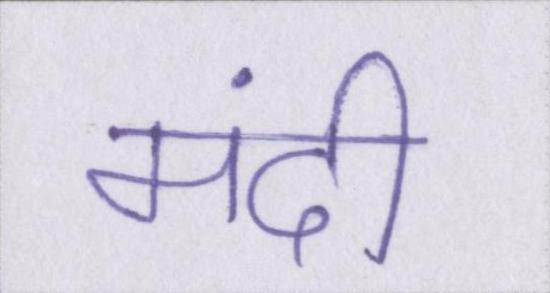
मंदी